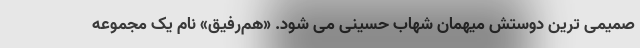
صمیمی ترین دوستش میهمان شهاب حسینی می شود. «هم‌رفیق» نام یک مجموعه